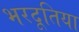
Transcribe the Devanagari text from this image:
भरदूतिया